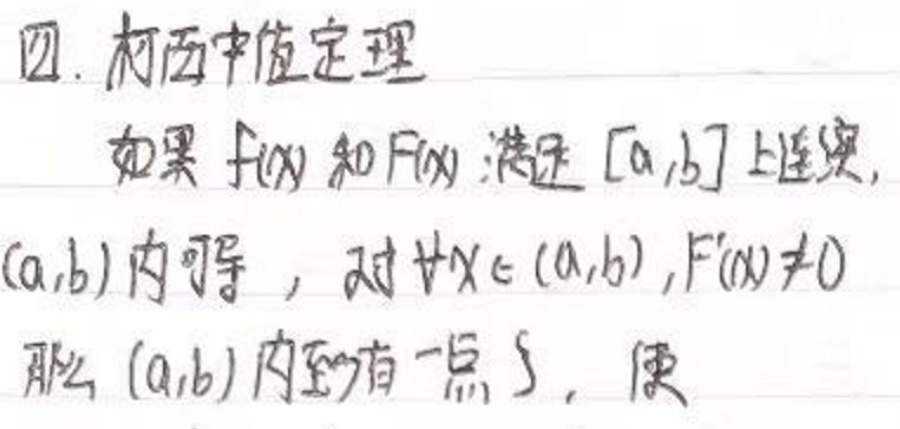
四、柯西中值定理
如果\(f(x)\)和\(F(x)\)满足\([a,b]\)上连续，\((a,b)\)内可导，对\(\forall x\in(a,b),F^{\prime}(x)\neq0\)
那么\((a,b)\)内至少有一点\(\xi\)，使